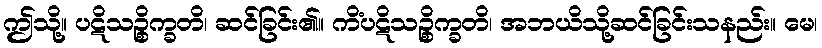
ဤသို့။ ပဋိသဉ္စိက္ခတိ၊ ဆင်ခြင်း၏။ ကိံပဋိသဉ္စိက္ခတိ၊ အဘယိသို့ဆင်ခြင်းသနည်း။ မေ၊